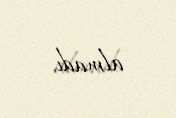
almadı.